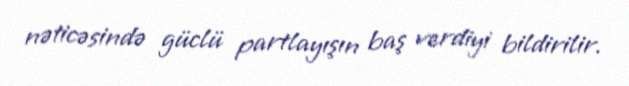
nəticəsində güclü partlayışın baş verdiyi bildirilir.